画像に写った文字を読んでください
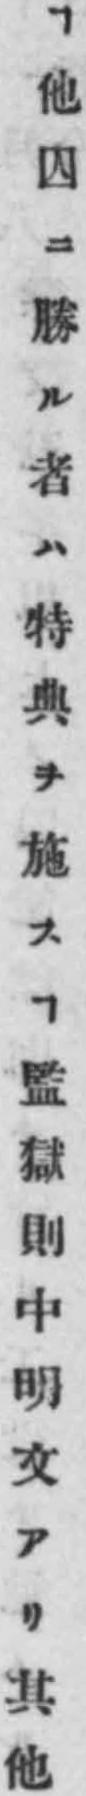
「ヿ他囚ニ勝ル者ハ特典ヲ施スヿ監獄則中明文アリ其他」と書いてあります